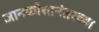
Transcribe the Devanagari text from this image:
ज्ञानकोशानंतरच्या